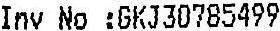
INV NO :GKJ30785499